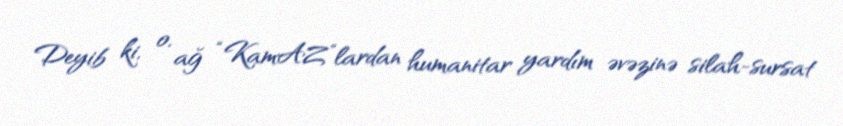
Deyib ki, o, ağ “KamAZ”lardan humanitar yardım əvəzinə silah-sursat